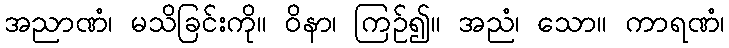
အညာဏံ၊ မသိခြင်းကို။ ဝိနာ၊ ကြဉ်၍။ အညံ၊ သော။ ကာရဏံ၊